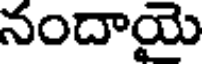
నందాయై